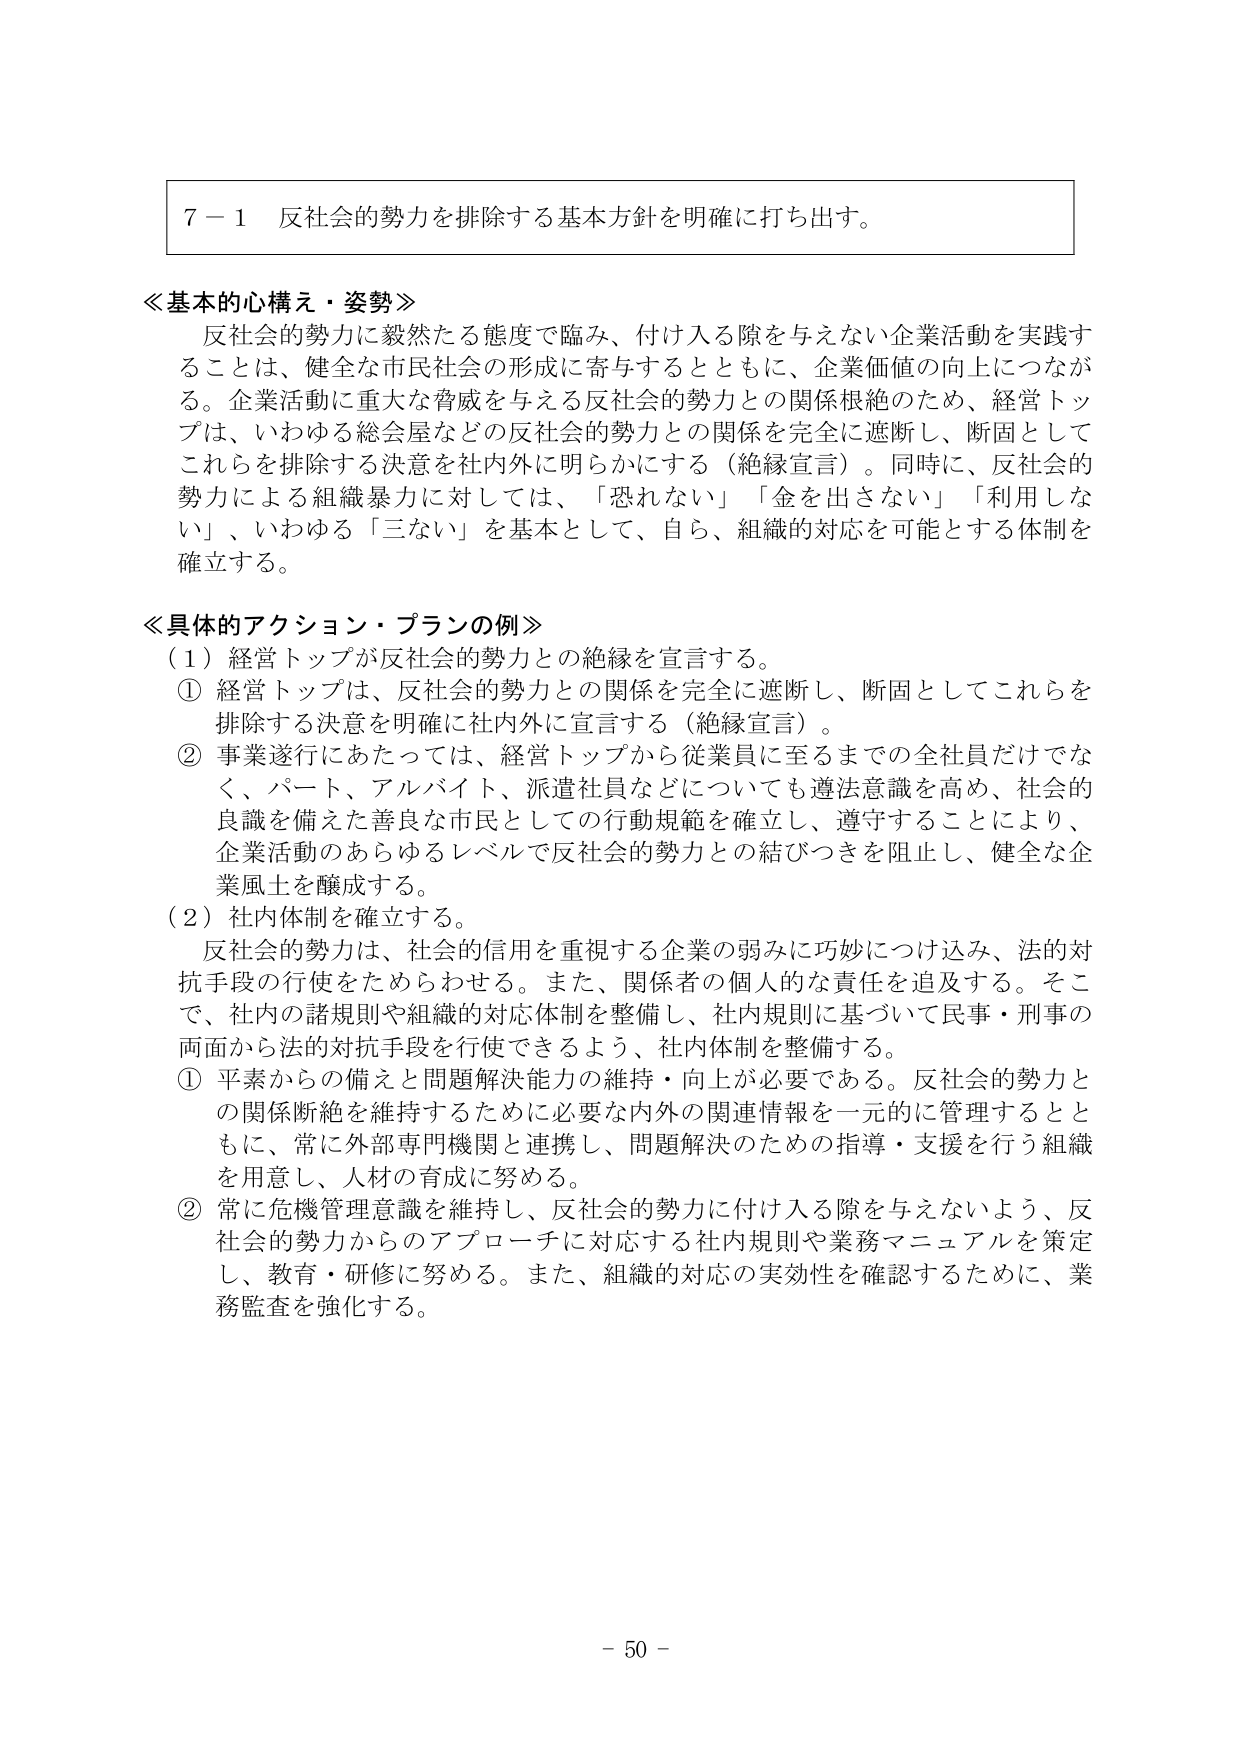
７－１ 反社会的勢力を排除する基本方針を明確に打ち出す。

≪基本的心構え・姿勢≫
反社会的勢力に毅然たる態度で臨み、付け入る隙を与えない企業活動を実践することは、健全な市民社会の形成に寄与するとともに、企業価値の向上につながる。企業活動に重大な脅威を与える反社会的勢力との関係根絶のため、経営トップは、いわゆる総会屋などの反社会的勢力との関係を完全に遮断し、断固としてこれらを排除する決意を社内外に明らかにする（絶縁宣言）。同時に、反社会的勢力による組織暴力に対しては、「恐れない」「金を出さない」「利用しない」、いわゆる「三ない」を基本として、自ら、組織的対応を可能とする体制を確立する。

≪具体的アクション・プランの例≫
（１）経営トップが反社会的勢力との絶縁を宣言する。
① 経営トップは、反社会的勢力との関係を完全に遮断し、断固としてこれらを排除する決意を明確に社内外に宣言する（絶縁宣言）。
② 事業遂行にあたっては、経営トップから従業員に至るまでの全社員だけでなく、パート、アルバイト、派遣社員などについても遵法意識を高め、社会的良識を備えた善良な市民としての行動規範を確立し、遵守することにより、企業活動のあらゆるレベルで反社会的勢力との結びつきを阻止し、健全な企業風土を醸成する。
（２）社内体制を確立する。
反社会的勢力は、社会的信用を重視する企業の弱みに巧妙につき込み、法的対抗手段の行使をためらわせる。また、関係者の個人的な責任を追及する。そこで、社内の諸規則や組織的対応体制を整備し、社内規則に基づいて民事・刑事の両面から法的対抗手段を行使できるよう、社内体制を整備する。
① 平素からの備えと問題解決能力の維持・向上が必要である。反社会的勢力との関係断絶を維持するために必要な内外の関連情報を一元的に管理するとともに、常に外部専門機関と連携し、問題解決のための指導・支援を行う組織を用意し、人材の育成に努める。
② 常に危機管理意識を維持し、反社会的勢力に付け入る隙を与えないよう、反社会的勢力からのアプローチに対応する社内規則や業務マニュアルを策定し、教育・研修に努める。また、組織的対応の実効性を確認するために、業務監査を強化する。

－ 50 －